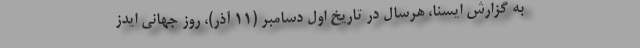
به گزارش ایسنا، هرسال در تاریخ اول دسامبر (۱۱ آذر)، روز جهانی ایدز